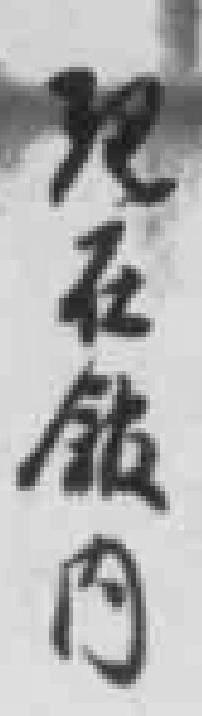
现在*内